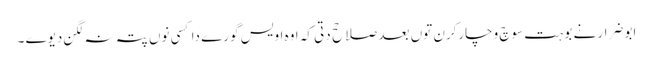
ابو ضرار نے بوہت سوچ وچارکرن توں بعد صلاحح دتی کہ اوہ اویس گورے دا کسی نوں پتہ نہ لگن دیوے ۔